Lunatic asylums Burma 1907-21 - 1907-1921
Year: 1907
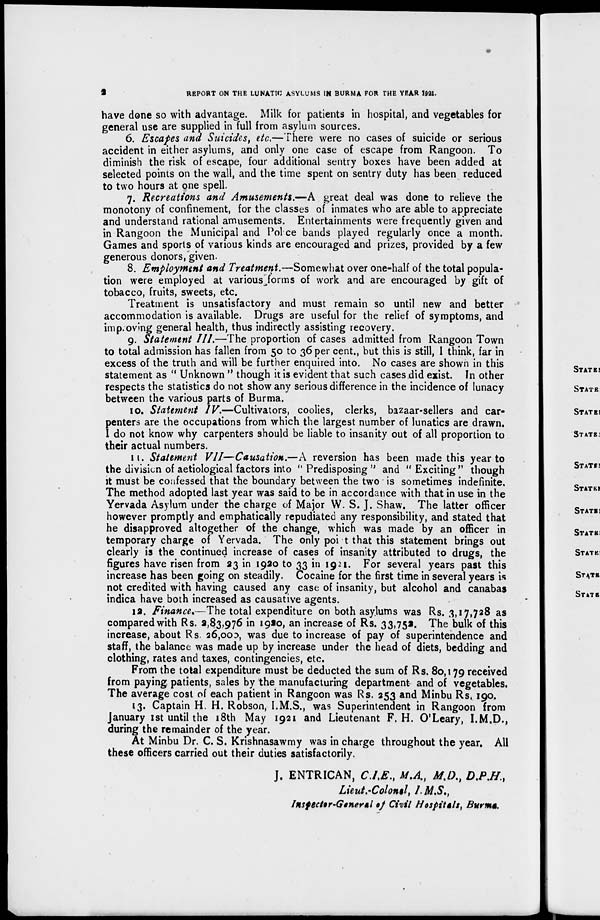
2
REPORT ON THE LUNATIC ASYLUMS IN BURMA FOR THE YEAR 1921.
have done so with advantage. Milk for patients in hospital, and vegetables for
general use are supplied in full from asylum sources.
6. Escapes and Suicides, etc.—There were no cases of suicide or serious
accident in either asylums, and only one case of escape from Rangoon. To
diminish the risk of escape, four additional sentry boxes have been added at
selected points on the wall, and the time spent on sentry duty has been reduced
to two hours at one spell.
7. Recreations and Amusements.—A great deal was done to relieve the
monotony of confinement, for the classes of inmates who are able to appreciate
and understand rational amusements. Entertainments were frequently given and
in Rangoon the Municipal and Police bands played regularly once a month.
Games and sports of various kinds are encouraged and prizes, provided by a few
generous donors, given.
8. Employment and Treatment.—Somewhat over one-half of the total popula-
tion were employed at various forms of work and are encouraged by gift of
tobacco, fruits, sweets, etc.
Treatment is unsatisfactory and must remain so until new and better
accommodation is available. Drugs are useful for the relief of symptoms, and
improving general health, thus indirectly assisting recovery.
9. Statement III.—The proportion of cases admitted from Rangoon Town
to total admission has fallen from 50 to 36 per cent., but this is still, I think, far in
excess of the truth and will be further enquired into. No cases are shown in this
statement as " Unknown " though it is evident that such cases did exist. In other
respects the statistics do not show any serious difference in the incidence of lunacy
between the various parts of Burma.
10. Statement IV.—Cultivators, coolies, clerks, bazaar-sellers and car-
penters are the occupations from which the largest number of lunatics are drawn.
I do not know why carpenters should be liable to insanity out of all proportion to
their actual numbers.
II. Statement VII—Causation.—A reversion has been made this year to
the division of aetiological factors into " Predisposing " and " Exciting" though
it must be confessed that the boundary between the two is sometimes indefinite.
The method adopted last year was said to be in accordance with that in use in the
Yervada Asylum under the charge of Major W. S. J. Shaw. The latter officer
however promptly and emphatically repudiated any responsibility, and stated that
he disapproved altogether of the change, which was made by an officer in
temporary charge of Yervada. The only point that this statement brings out
clearly is the continued increase of cases of insanity attributed to drugs, the
figures have risen from 23 in 1920 to 33 in 1921. For several years past this
increase has been going on steadily. Cocaine for the first time in several years is
not credited with having caused any case of insanity, but alcohol and canabas
indica have both increased as causative agents.
12. Finance.—The total expenditure on both asylums was Rs. 3,17,728 as
compared with Rs. 2,83,976 in 1920, an increase of Rs. 33,752. The bulk of this
increase, about Rs 26,000, was due to increase of pay of superintendence and
staff, the balance was made up by increase under the head of diets, bedding and
clothing, rates and taxes, contingencies, etc.
From the total expenditure must be deducted the sum of Rs. 80,179 received
from paying patients, sales by the manufacturing department and of vegetables.
The average cost of each patient in Rangoon was Rs. 253 and Minbu Rs. 190.
13. Captain H. H. Robson, I.M.S., was Superintendent in Rangoon from
January 1st until the 18th May 1921 and Lieutenant F. H. O'Leary, I.M.D.,
during the remainder of the year.
At Minbu Dr. C. S. Krishnasawmy was in charge throughout the year. All
these officers carried out their duties satisfactorily.
J. ENTRICAN, C.I.E. M.A., M.D., D.P.H.,
Lieut.-Colonel, I.M.S.,
Inspecter-General of Civil Hospitals, Burma.